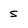
Character: S